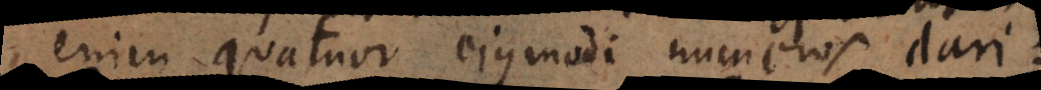
enim quatuor ejusmodi numeros dari